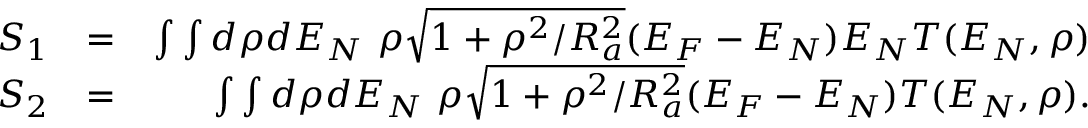
\begin{array} { r l r } { S _ { 1 } } & { = } & { \int \int d \rho d { \cal E } _ { N } ~ \rho \sqrt { 1 + \rho ^ { 2 } / R _ { a } ^ { 2 } } ( { \cal E } _ { F } - { \cal E } _ { N } ) { \cal E } _ { N } T ( { \cal E } _ { N } , \rho ) } \\ { S _ { 2 } } & { = } & { \int \int d \rho d { \cal E } _ { N } ~ \rho \sqrt { 1 + \rho ^ { 2 } / R _ { a } ^ { 2 } } ( { \cal E } _ { F } - { \cal E } _ { N } ) T ( { \cal E } _ { N } , \rho ) . } \end{array}